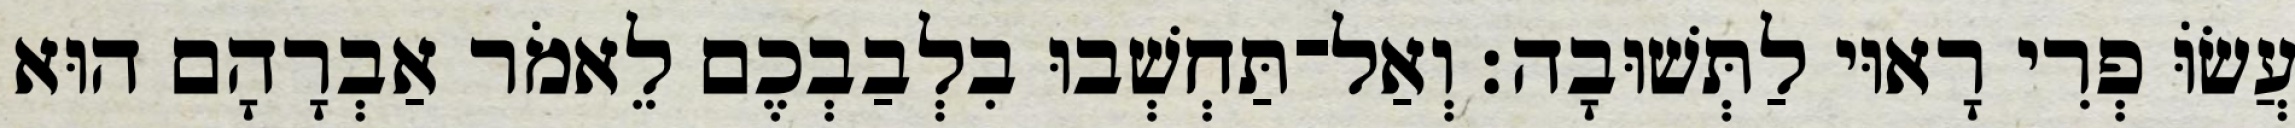
עֲשׂוֹּ פְרִי רָאוּי לַתְּשׁוּבָה׃ וְאַל־תַּחְשְׁבוּ בִלְבַבְכֶם לֵאמֹר אַבְרָהָם הוּא